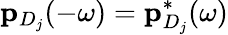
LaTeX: \mathbf{p}_{D_{j}}(-\omega)=\mathbf{p}_{D_{j}}^{*}(\omega)